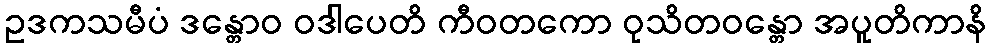
ဥဒကသမီပံ ဒန္တောဝ ဝဒါပေတိ ကီဝတကော ဝုသိတဝန္တော အပူတိကာနိ